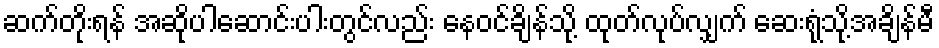
ဆက်တိုးရန် အဆိုပါဆောင်းပါးတွင်လည်း နေဝင်ချိန်သို့ ထုတ်လုပ်လျှက် ဆေးရုံသို့အချိန်မီ